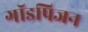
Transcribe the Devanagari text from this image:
गॉडपिजन